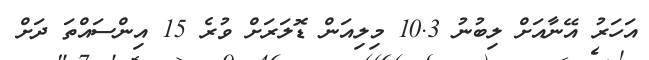
އަހަރު އޭނާއަށް ލިބުނު 10.3 މިލިއަން ޑޮލަރަށް ވުރެ 15 އިންސައްތަ ދަށް